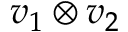
v _ { 1 } \otimes v _ { 2 }